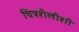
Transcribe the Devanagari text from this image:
चित्रशैलीशी